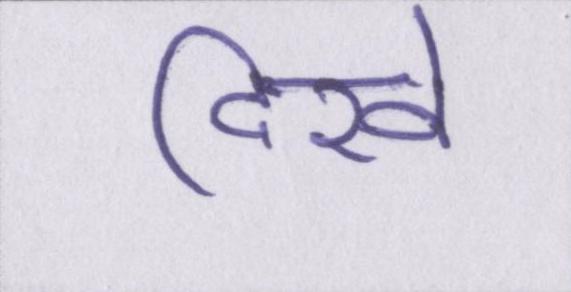
दिखे